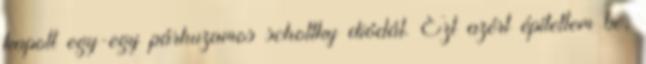
kapott egy-egy párhuzamos schottky diódát. Ezt azért építettem be,